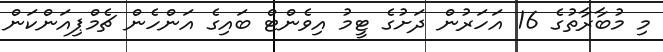
މި މުބާރާތުގެ 16 އަހަރުން ދަށުގެ ޓީމު އިވެންޓް ބައިގެ އަންހެން ޗެމްޕިއަންކަން